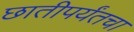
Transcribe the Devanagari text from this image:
छातीपर्यंतचा